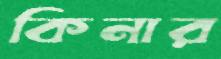
কিনার